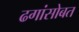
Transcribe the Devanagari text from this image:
ढगांसोबत